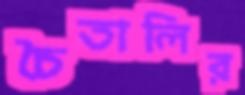
চৈতালির